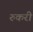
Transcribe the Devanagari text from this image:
रुकरी